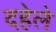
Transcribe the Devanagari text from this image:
दहेले